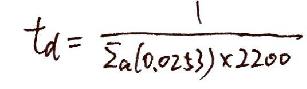
\[ t_d=\frac{1}{\Sigma_a(0.0253)\times2200} \]